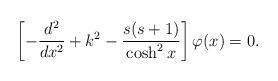
LaTeX: \begin{align*}\left[-\frac{d^2}{dx^2}+k^2-\frac{s(s+1)}{\cosh^2 x}\right]\varphi(x)=0.\end{align*}